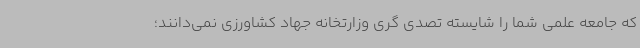
که جامعه علمی شما را شایسته تصدی گری وزارتخانه جهاد کشاورزی نمی‌دانند؛